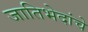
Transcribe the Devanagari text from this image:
जातिभेदांचे